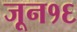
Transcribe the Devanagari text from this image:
जून१६